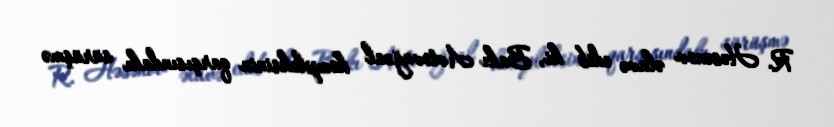
R. Həsənov əlavə edib ki, Bakı Avtovağzal kompleksinin qarşısındakı sürüşmə